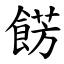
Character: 餝